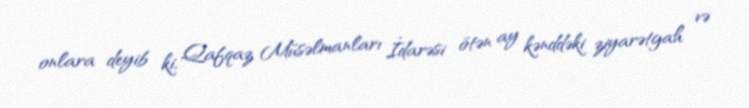
onlara deyib ki, Qafqaz Müsəlmanları İdarəsi ötən ay kənddəki ziyarətgah və